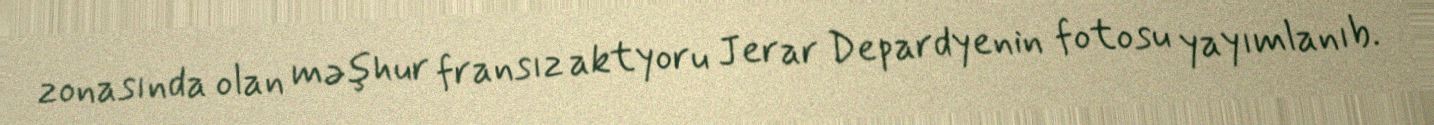
zonasında olan məşhur fransız aktyoru Jerar Depardyenin fotosu yayımlanıb.